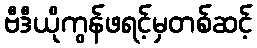
ဗီဒီယိုကွန်ဖရင့်မှတစ်ဆင့်